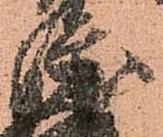
隆